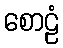
စောဠံ